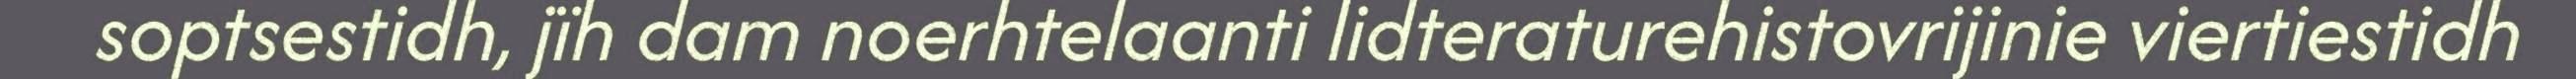
soptsestidh, jïh dam noerhtelaanti lidteraturehistovrijinie viertiestidh